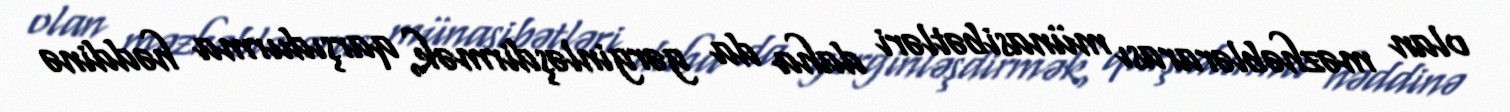
olan məzhəblərarası münasibətləri daha da gərginləşdirmək, qarşıdurma həddinə